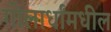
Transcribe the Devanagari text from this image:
गोलार्धांमधील